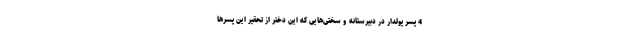
4 پسر پولدار در دبیرستانه و سختی‌هایی که این دختر از تحقیر این پسرها